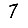
Digit: 7